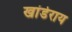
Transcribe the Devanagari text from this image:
खांडेराय